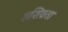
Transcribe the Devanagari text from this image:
शशिव्रता